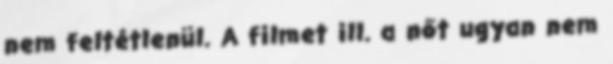
nem feltétlenül. A filmet ill. a nőt ugyan nem